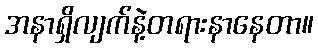
အနာရှိလျက်နဲ့တရားနာနေတာ။